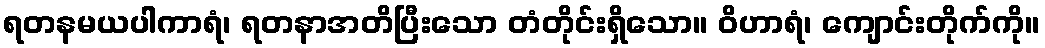
ရတနမယပါကာရံ၊ ရတနာအတိပြီးသော တံတိုင်းရှိသော။ ဝိဟာရံ၊ ကျောင်းတိုက်ကို။